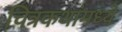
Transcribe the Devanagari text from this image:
चित्रकथांमध्ये